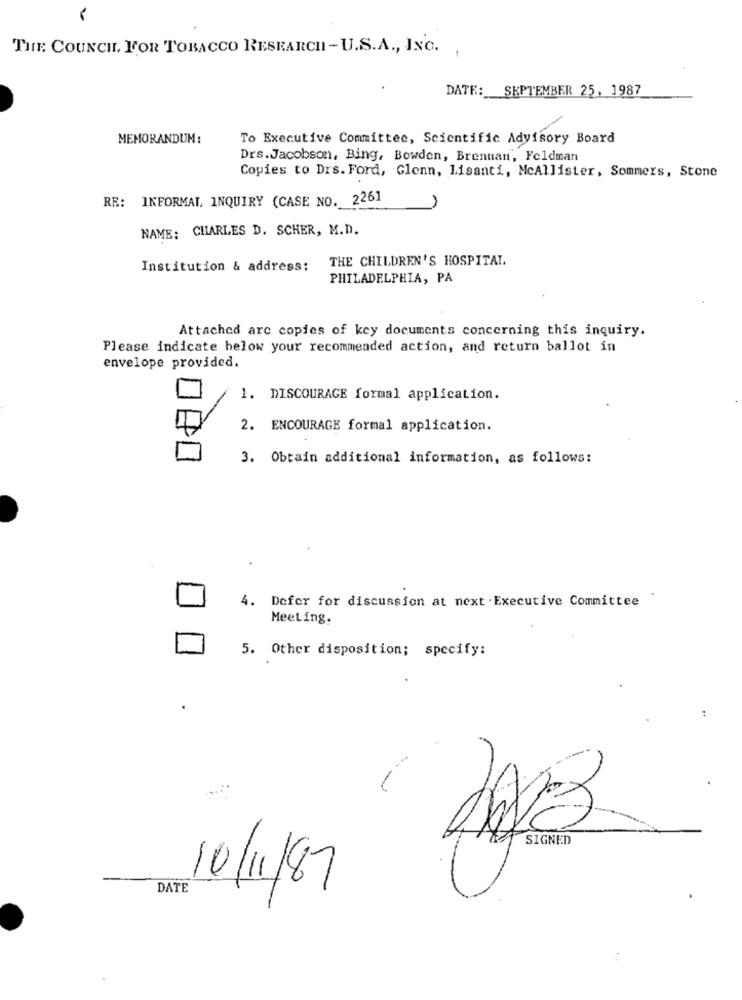
TIME: COUNCIL FOR TOBACCO RESEARCH -U.S.A ., INC.
-
DATE :_
SEPTEMBER 25, 1987
MEMORANDUM:
To Executive Committee, Scientific Advisory Board
Drs.Jacobson, Bing, Bowden, Brennan, Feldman
Copies to Drs. Ford, Glenn, Lisanti, McAllister, Sommers, Stone
RE: INFORMAL INQUIRY (CASE NO. 2261
NAME: CHARLES D. SCHER, M.D.
THE CHILDREN'S HOSPITAL.
Institution & address:
PHILADELPHIA, PA
Attached are copies of key documents concerning this inquiry.
Please indicate below your recommended action, and return ballot in
envelope provided.
1. DISCOURAGE formal application.
2. ENCOURAGE formal application.
3. Obtain additional information, as follows:
4. Defer for discussion at next . Executive Committee
Meeting.
5. Other disposition; specify:
SIGNED
10/11/87
DATE